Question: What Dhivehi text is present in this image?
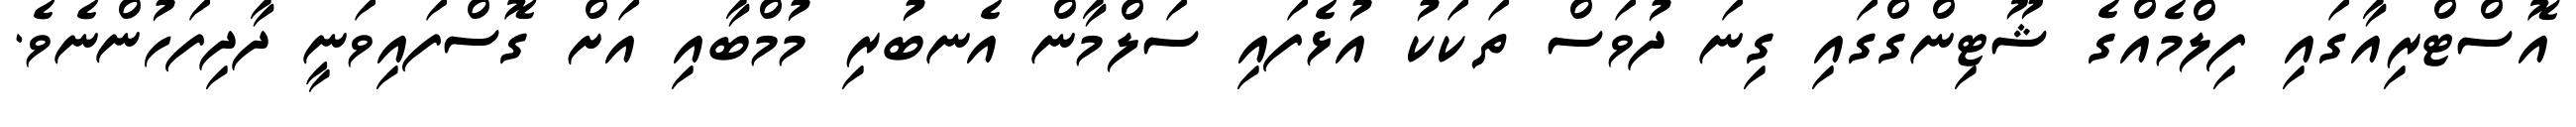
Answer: އޮސްޓްރިއާގައި ފިލްމެއްގެ ޝޫޓިންގްގައި ގިނަ ދުވަސް ތަކަކު އުޅެފައި ސަލްމާން އެނބުރި މުމްބާއި އަށް ގޮސްފައިވަނީ ދާދިފަހުންނެވެ.